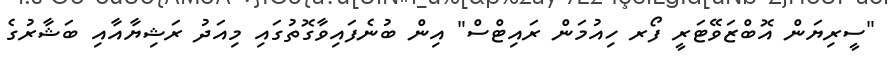
"ސީރިޔަން އޮބްޒަވޭޓަރީ ފޯރ ހިއުމަން ރައިޓްސް" އިން ބުނެފައިވާގޮތުގައި މިއަދު ރަޝިޔާއާއި ބަޝާރުގެ